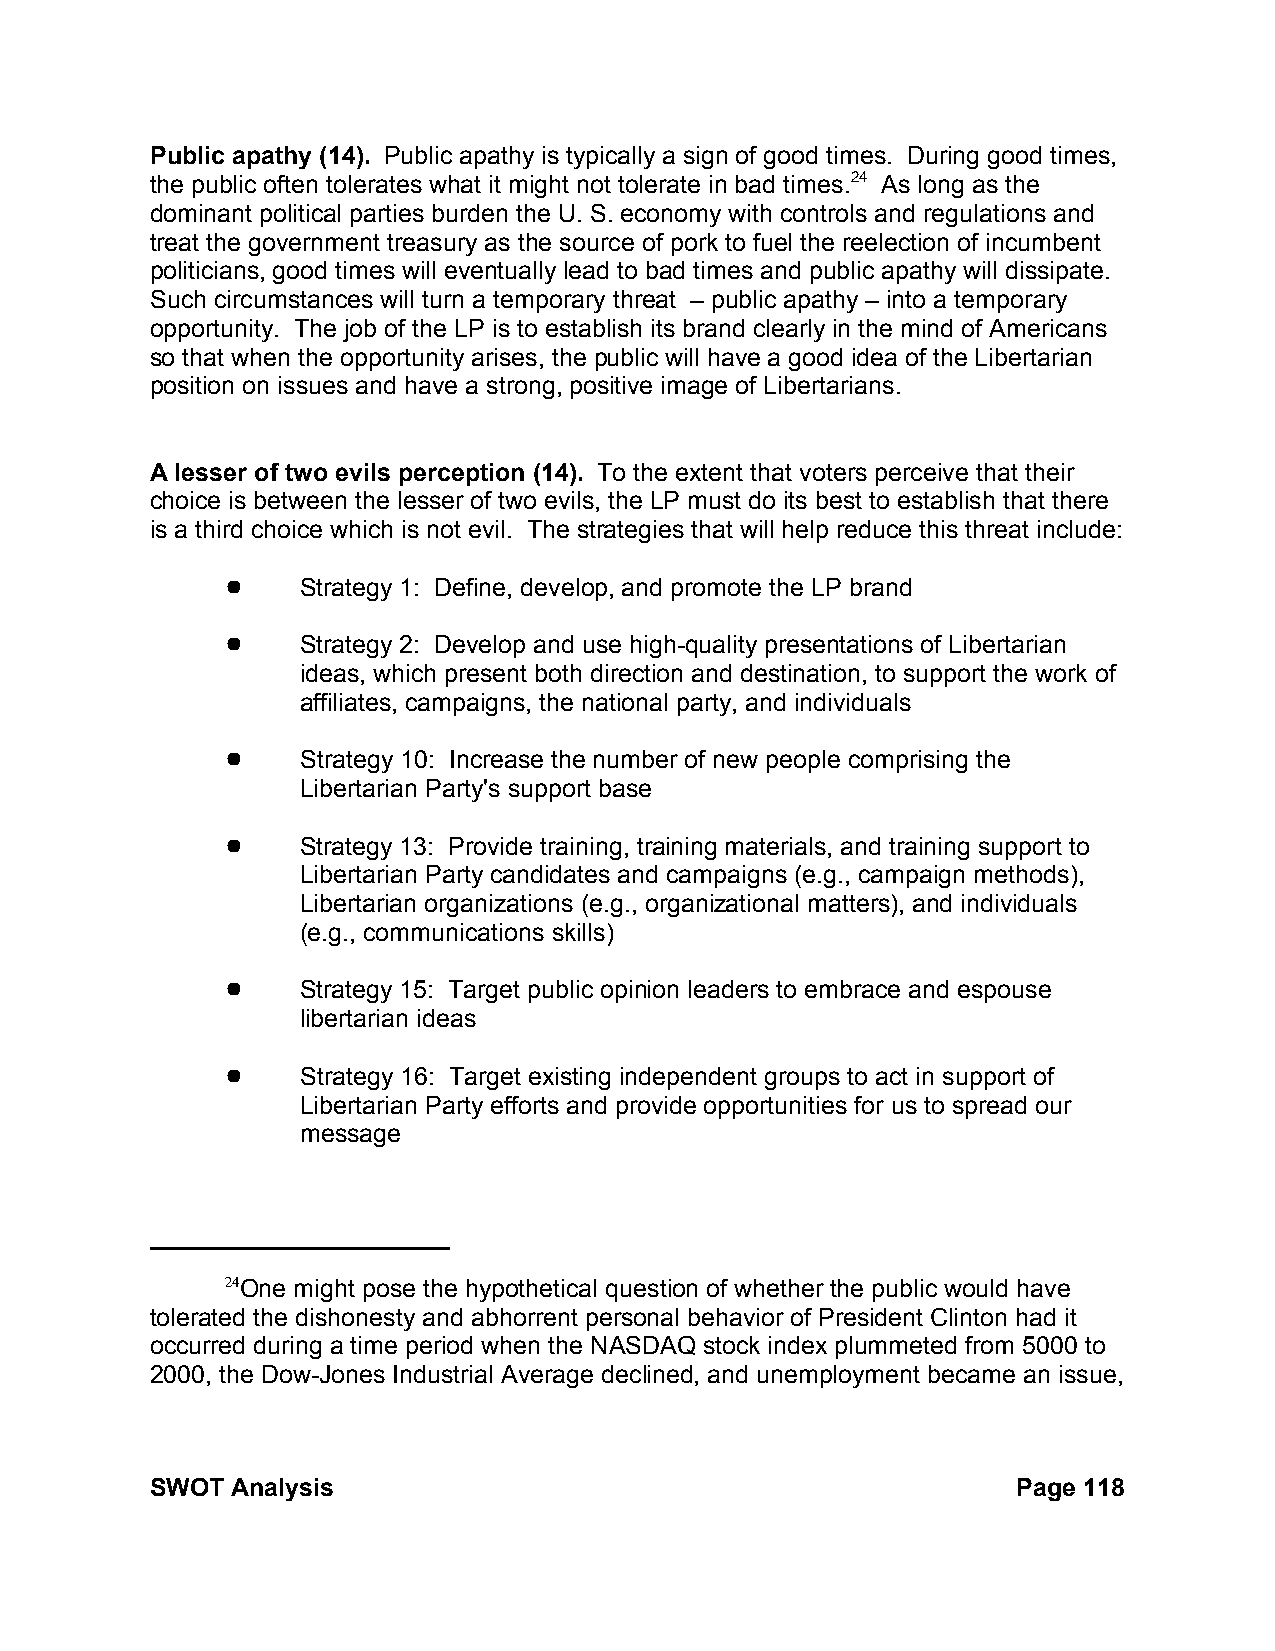
Public apathy (14). Public apathy is typically a sign of good times. During good times,
 the public often tolerates what it might not tolerate in bad times.24 As long as the
 dominant political parties burden the U. S. economy with controls and regulations and
 treat the government treasury as the source of pork to fuel the reelection of incumbent
 politicians, good times will eventually lead to bad times and public apathy will dissipate.
 Such circumstances will turn a temporary threat – public apathy – into a temporary
 opportunity. The job of the LP is to establish its brand clearly in the mind of Americans
 so that when the opportunity arises, the public will have a good idea of the Libertarian
 position on issues and have a strong, positive image of Libertarians.
 A lesser of two evils perception (14). To the extent that voters perceive that their
 choice is between the lesser of two evils, the LP must do its best to establish that there
 is a third choice which is not evil. The strategies that will help reduce this threat include:
 !    Strategy 1: Define, develop, and promote the LP brand
 !    Strategy 2: Develop and use high-quality presentations of Libertarian
 ideas, which present both direction and destination, to support the work of
 affiliates, campaigns, the national party, and individuals
 !    Strategy 10: Increase the number of new people comprising the
 Libertarian Party's support base
 !    Strategy 13: Provide training, training materials, and training support to
 Libertarian Party candidates and campaigns (e.g., campaign methods),
 Libertarian organizations (e.g., organizational matters), and individuals
 (e.g., communications skills)
 !    Strategy 15: Target public opinion leaders to embrace and espouse
 libertarian ideas
 !    Strategy 16: Target existing independent groups to act in support of
 Libertarian Party efforts and provide opportunities for us to spread our
 message
 24One might pose the hypothetical question of whether the public would have
 tolerated the dishonesty and abhorrent personal behavior of President Clinton had it
 occurred during a time period when the NASDAQ stock index plummeted from 5000 to
 2000, the Dow-Jones Industrial Average declined, and unemployment became an issue,
 SWOT Analysis                                            Page 118